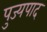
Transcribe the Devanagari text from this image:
पुज्यपाद